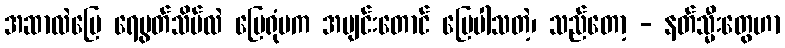
အဆာလဲပြေ ရေမွတ်သိပ်လဲ ပြေရုံမက အပျင်းတောင် ပြေပါသတဲ့၊ သည်တော့ - နတ်သ္မီးတွေဟာ